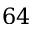
6 4